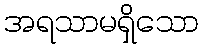
အရသာမရှိသော